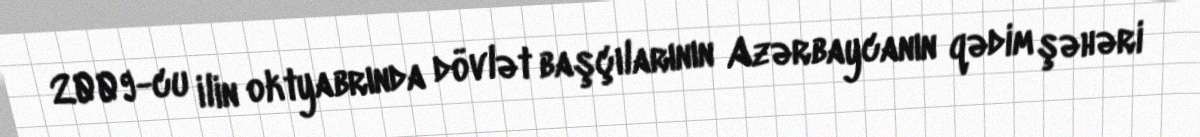
2009-cu ilin oktyabrında dövlət başçılarının Azərbaycanın qədim şəhəri